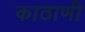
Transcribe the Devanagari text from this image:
काठाणी